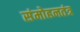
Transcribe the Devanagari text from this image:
संमोहनतंत्र